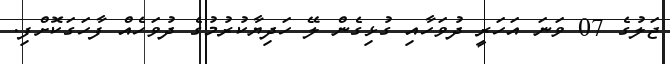
ޖަލުގެ 07 ވަނަ އަހަރީ ދުވަހާއި ގުޅިގެން ލޭ ހަދިޔާކުރުމުގެ ދުވަހެއް ފާހަގަކޮށްފި.